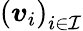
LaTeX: \left(\boldsymbol{v}_{i}\right)_{i\in\mathcal{I}}